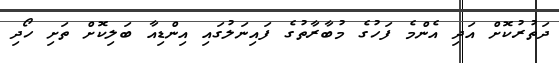
ދަތުރުކޮށް އަދި އެންމެ ފަހުގެ މުބާރާތުގެ ފައިނަލުގައި އިންޑިއާ ބަލިކޮށް ތަށި ހޯދި